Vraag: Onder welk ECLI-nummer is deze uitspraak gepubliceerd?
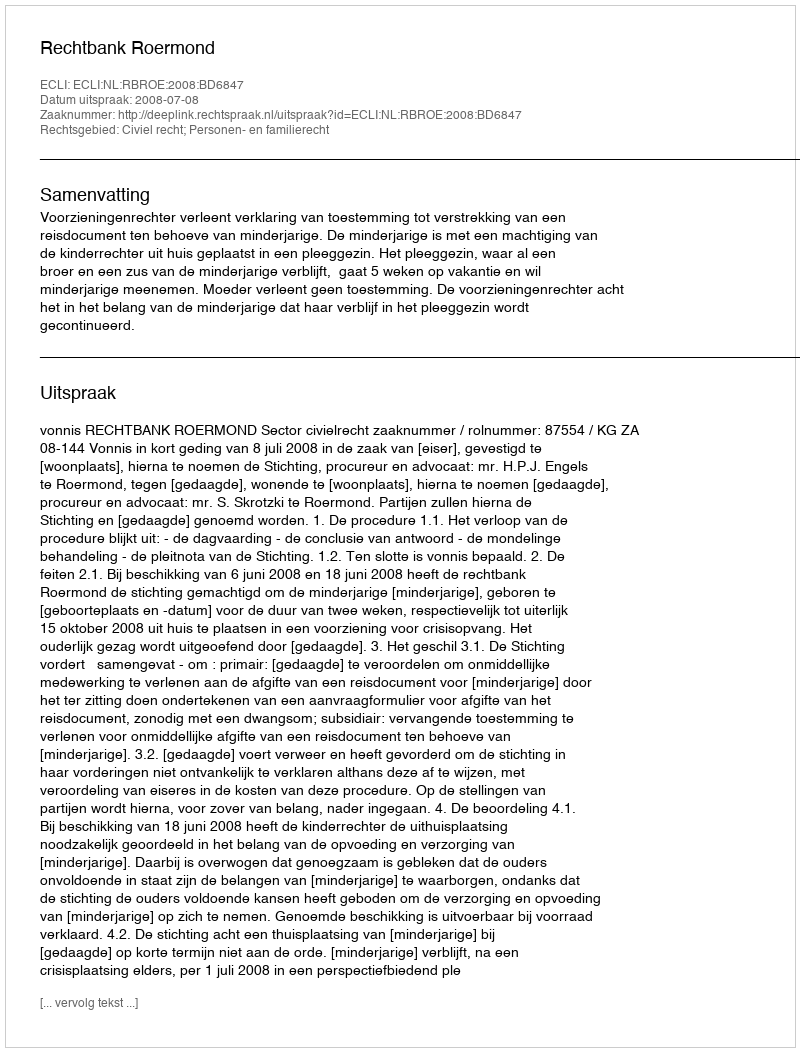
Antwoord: ECLI:NL:RBROE:2008:BD6847